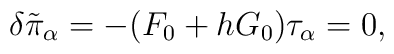
\delta \tilde{\pi}_\alpha = - (F_0 + h G_0) \tau_\alpha =0,